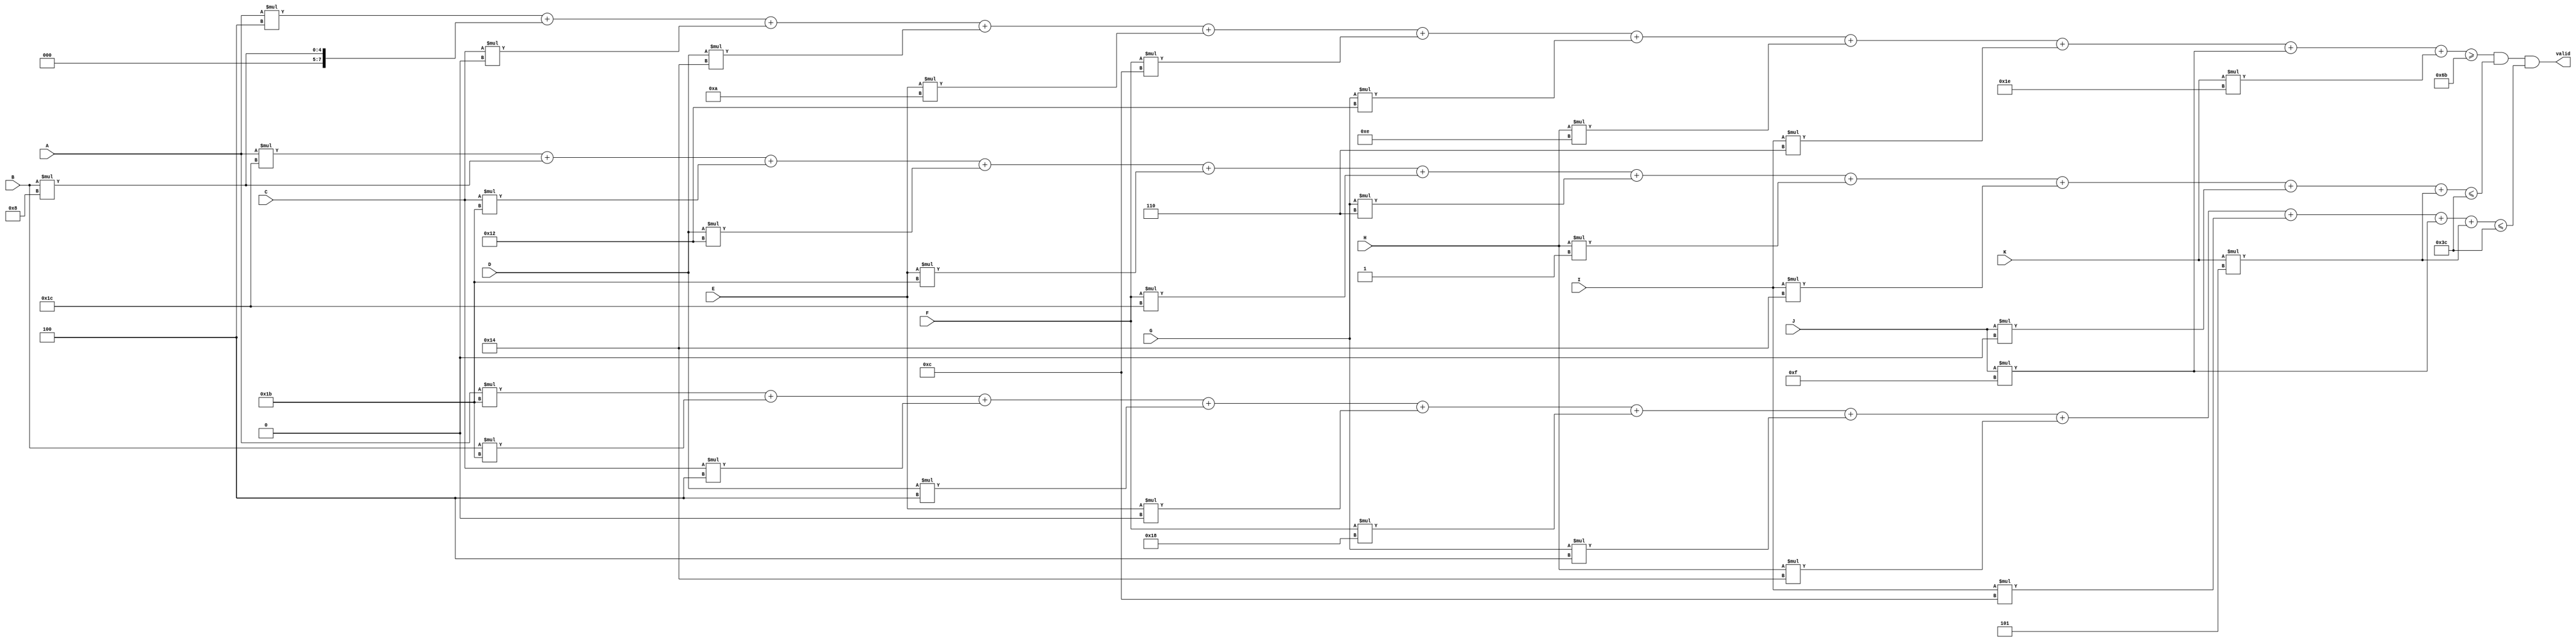
module var11_multi (A, B, C, D, E, F, G, H, I, J, K, valid);
    input A, B, C, D, E, F, G, H, I, J, K;
    output valid;
    wire [7:0] min_value = 8'd107;
    wire [7:0] max_weight = 8'd60;
    wire [7:0] max_volume = 8'd60;
wire [7:0]  total_value = 
        A * 8'd4
      + B * 8'd8
      + C * 8'd0
      + D * 8'd20
      + E * 8'd10
      + F * 8'd12
      + G * 8'd18
      + H * 8'd14
      + I * 8'd6
      + J * 8'd15
      + K * 8'd30;
    wire [7:0]  total_weight = 
        A * 8'd28
      + B * 8'd8
      + C * 8'd27
      + D * 8'd18
      + E * 8'd27
      + F * 8'd28
      + G * 8'd6
      + H * 8'd1
      + I * 8'd20
      + J * 8'd0
      + K * 8'd5;
    wire [7:0]  total_volume = 
        A * 8'd27
      + B * 8'd27
      + C * 8'd4
      + D * 8'd4
      + E * 8'd0
      + F * 8'd24
      + G * 8'd4
      + H * 8'd20
      + I * 8'd12
      + J * 8'd15
      + K * 8'd5;
assign valid = ((total_value >= min_value) && (total_weight <= max_weight) && (total_volume <= max_volume));
endmodule